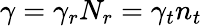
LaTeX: \gamma=\gamma_{r}N_{r}=\gamma_{t}n_{t}